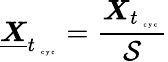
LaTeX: \underline{{\boldsymbol X}}_{t_{\mathrm{~\tiny~c~y~c~}}}=\frac{\boldsymbol X_{t_{\mathrm{~\tiny~c~y~c~}}}}{\mathcal S}